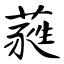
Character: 蕤